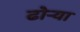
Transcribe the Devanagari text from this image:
ढोऱ्या